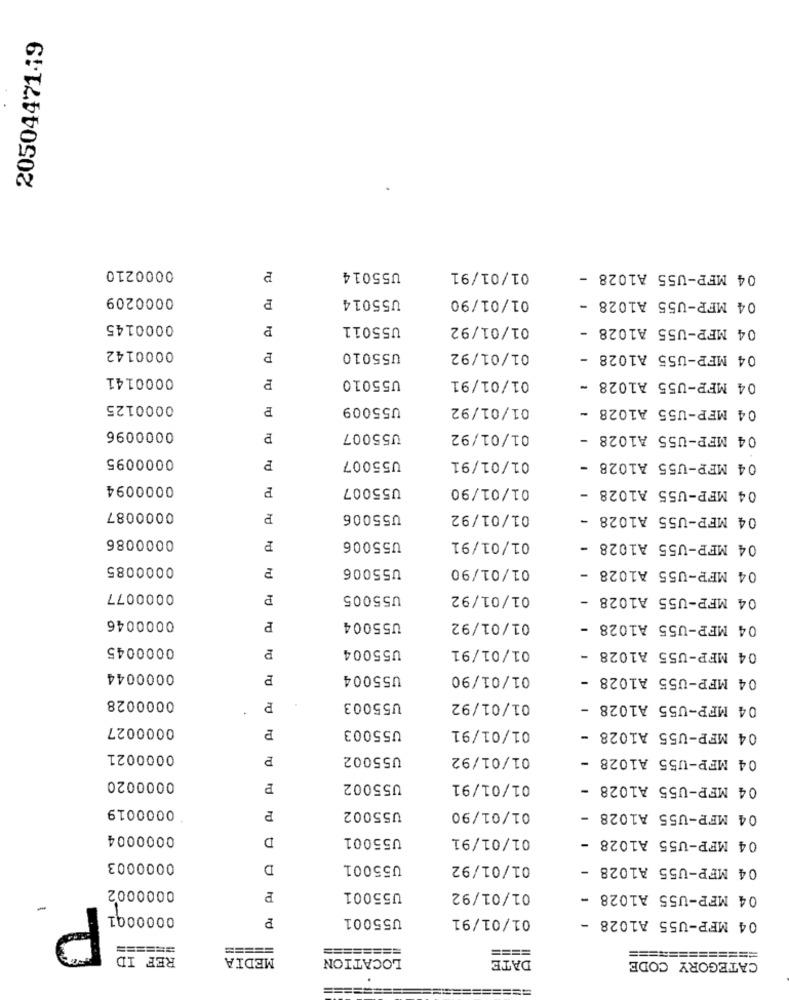
20504471-19
0000210
01/01/91
U55014
04 MFP-U55 A1028 -
0000209
U55014
01/01/90
04 MFP-U55 A1028 -
0000145
U55011
01/01/92
04 MFP-U55 A1028 -
0000142
U55010
01/01/92
04 MFP-U55 A1028 -
0000141
U55010
01/01/91
04 MFP-U55 A1028 -
0000125
P
U55009
01/01/92
04 MFP-U55 A1028 -
0000096
U55007
01/01/92
04 MFP-U55 A1028 -
0000095
U55007
01/01/91
P
04 MFP-U55 A1028 -
0000094
P
U55007
01/01/90
04 MFP-U55 A1028
0000087
P
U55006
01/01/92
04 MFP-U55 A1028 -
0000086
01/01/91
₽
U55006
04 MFP-U55 A1028 -
0000085
U55006
01/01/90
04 MFP-U55 A1028 -
0000077
P
U55005
01/01/92
04 MFP-U55 A1028 -
0000046
P
U55004
01/01/92
04 MFP-U55 A1028 -
0000045
U55004
01/01/91
04 MFP-U55 A1028 -
0000044
P
U55004
01/01/90
04 MFP-U55 A1028 -
0000028
P
U55003
01/01/92
04 MFP-U55 A1028 -
0000027
U55003
01/01/91
04 MFP-U55 A1028 -
0000021
P
U55002
01/01/92
04 MFP-U55 A1028 -
0000020
P
U55002
01/01/91
04 MFP-U55 A1028 -
0000019
P
U55002
01/01/90
04 MFP-U55 A1028 -
0000004
D
U55001
01/01/91
04 MFP-U55 A1028 -
0000003
D
U55001
01/01/92
04 MFP-U55 A1028 -
0000002
P
U55001
01/01/92
04 MFP-U55 A1028 -
0000001
P
U55001
01/01/91
04 MFP-U55 A1028 -
======
=====
====
REF ID
MEDIA
LOCATION
DATE
=============
CATEGORY CODE
====